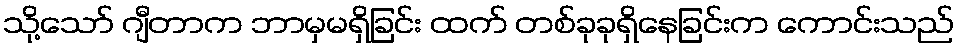
သို့သော် ဂျီတာက ဘာမှမရှိခြင်း ထက် တစ်ခုခုရှိနေခြင်းက ကောင်းသည်